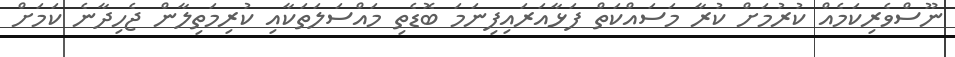
ނޫސްވެރިކަމެއް ކުރުމަށް ކުރާ މަސައްކަތް ފަޅާއަރައިފިނަމަ ބޮޑެތި މައްސަލަތަކާއި ކުރިމަތިލާން ޖެހިދާނެ ކަމަށް